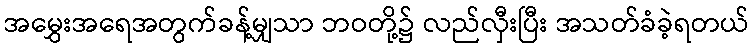
အမွှေးအရေအတွက်ခန့်မျှသာ ဘဝတို့၌ လည်လှီးပြီး အသတ်ခံခဲ့ရတယ်